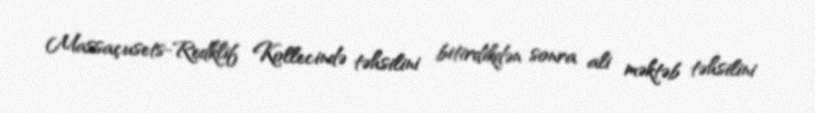
Massaçusets-Redklif Kollecində təhsilini bitirdikdən sonra ali məktəb təhsilini